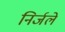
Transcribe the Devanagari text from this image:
निर्जले